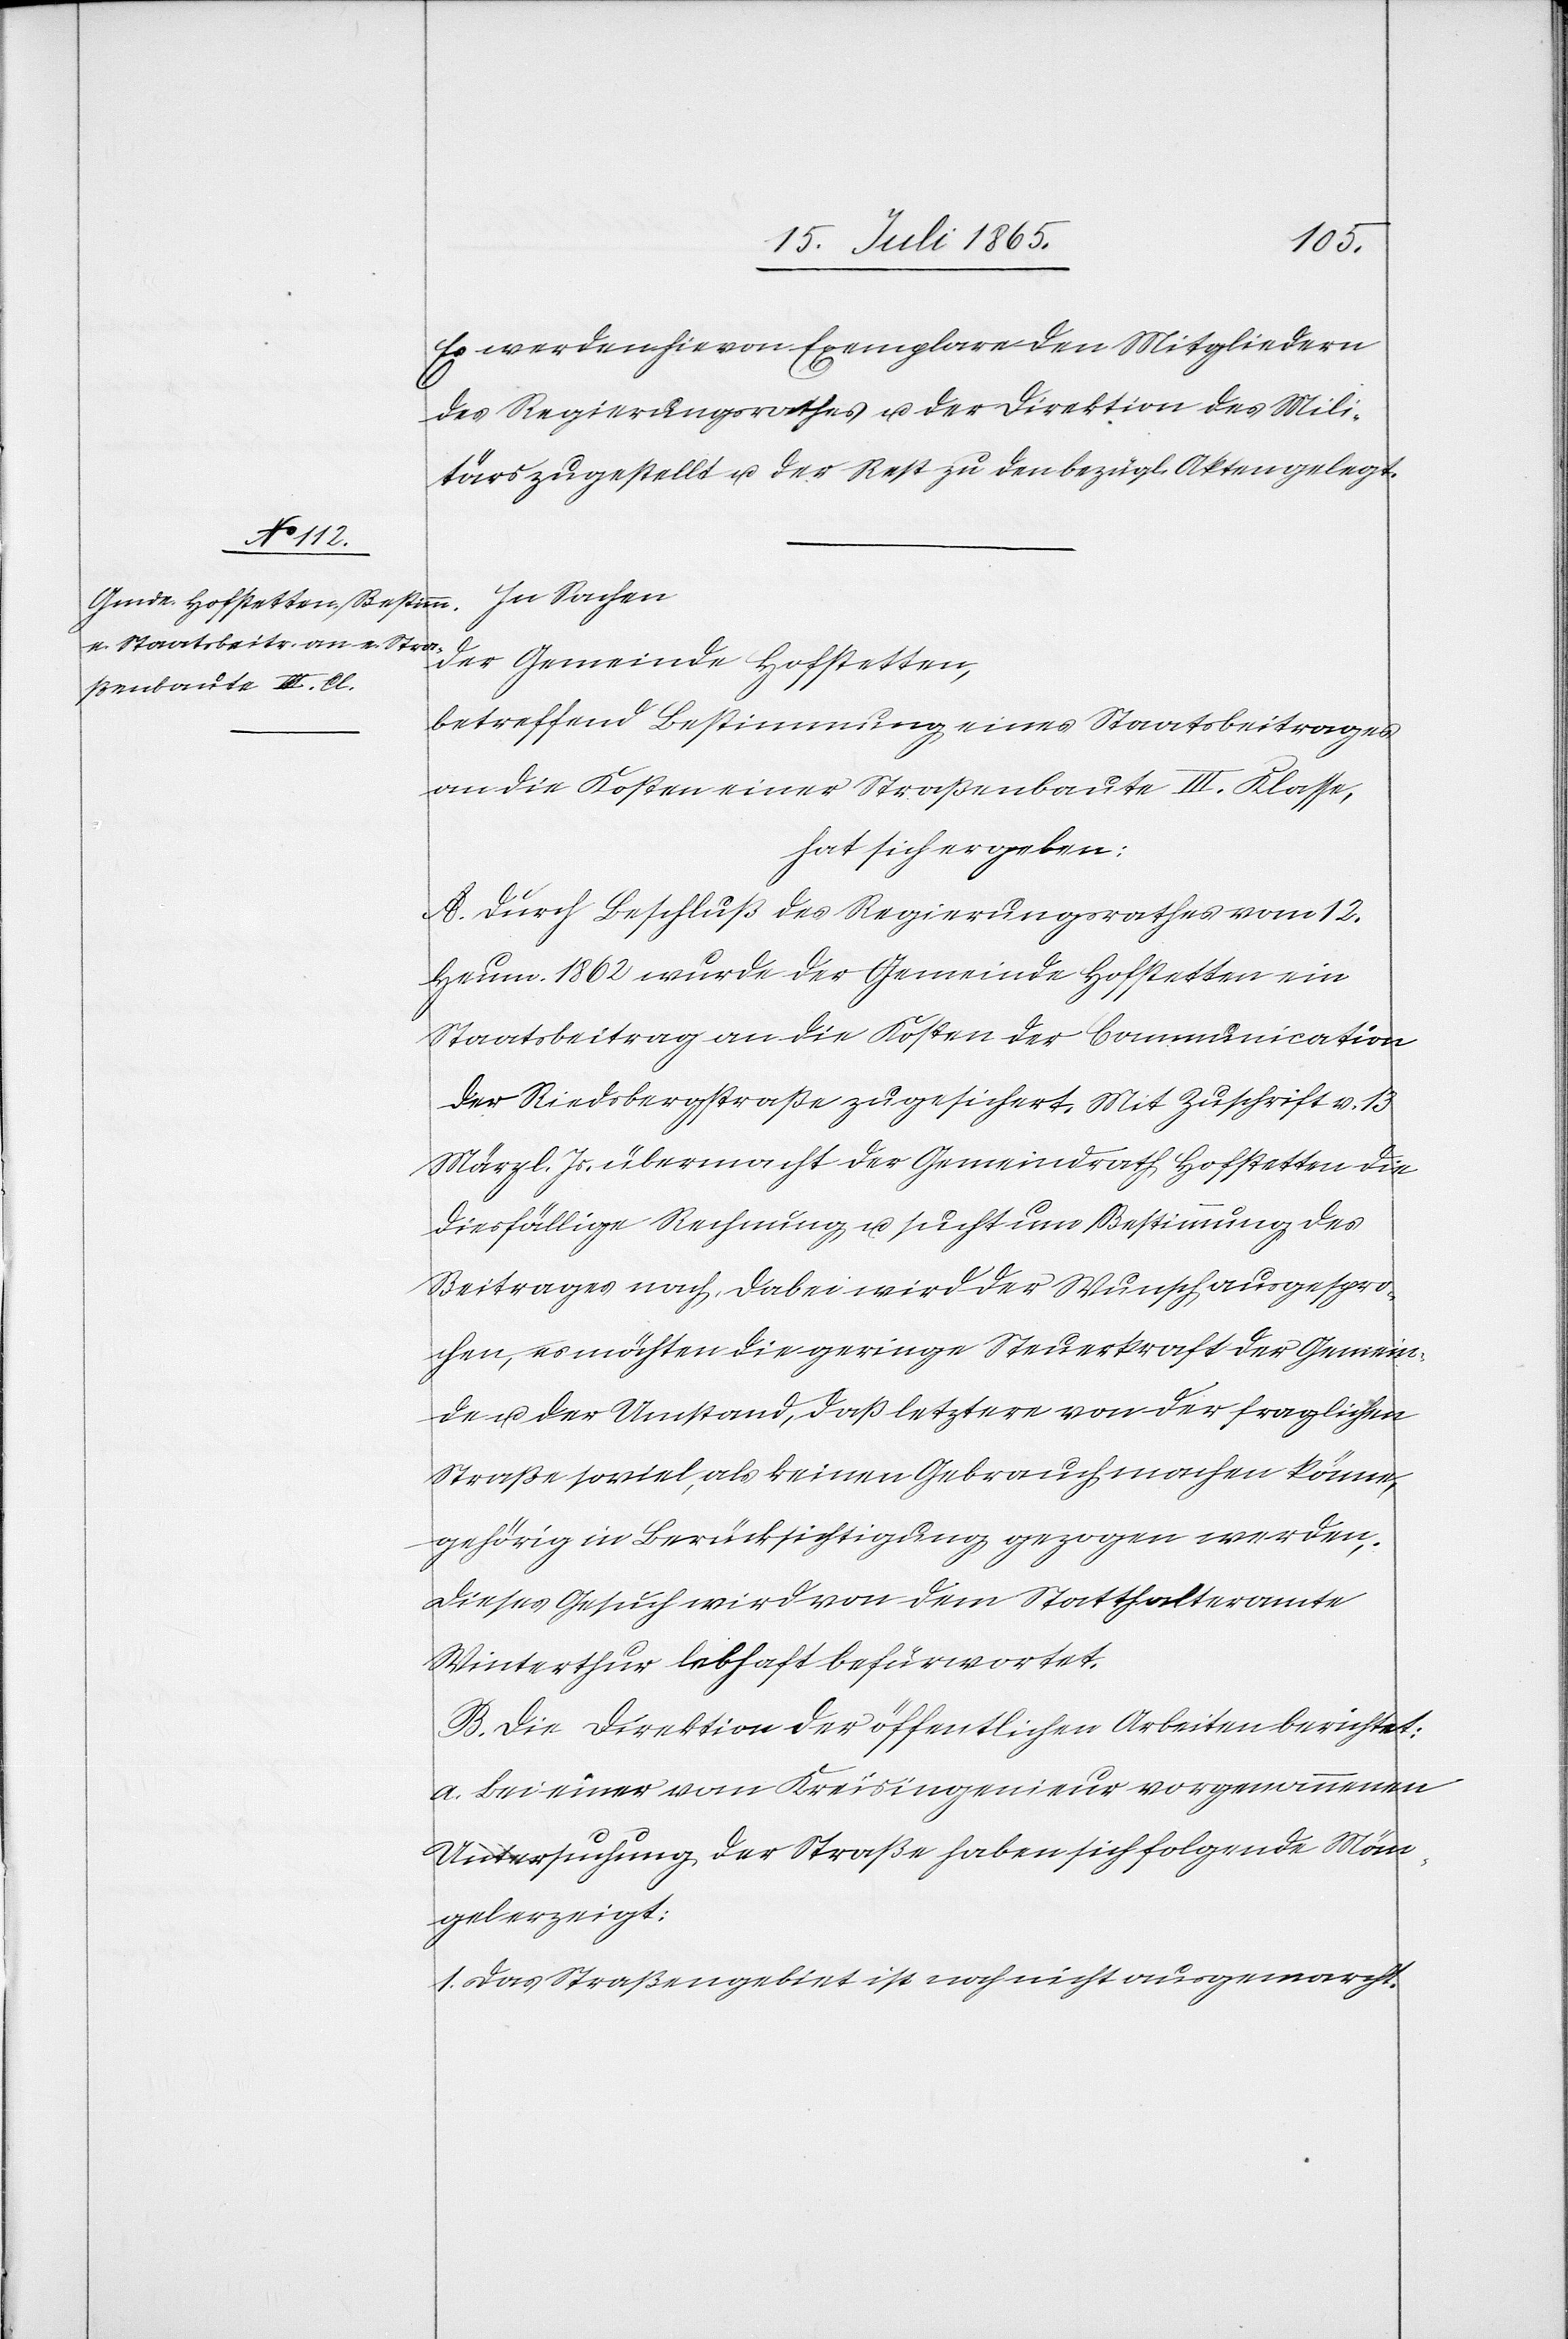
Es werden hievon Exemplare den Mitgliedern
des Regierungsrathes u. der Direktion des Mili¬
tärs zugestellt u. der Rest zu den bezügl. Akten gelegt.
der Gemeinde Hofstetten,
betreffend Bestimmung eines Staatsbeitrages
an die Kosten einer Straßenbaute III. Klasse,
hat sich ergeben:
A. Durch Beschluß des Regierungsrathes vom 12.
Heum. 1862 wurde der Gemeinde Hofstetten ein
Staatsbeitrag an die Kosten der Communication
der Riedsbergstraße zugesichert. Mit Zuschrift v. 13.
März . Js. übermacht der Gemeindrath Hofstetten die
diesfällige Rechnung u. sucht um Bestimmung des
Beitrages nach. Dabei wird der Wunsch ausgespro¬
chen, es möchten die geringe Steuerkraft der Gemein¬
de u. der Umstand, daß letztere von der fraglichen
Straße soviel, als keinen Gebrauch machen könne,
gehörig in Berücksichtigung gezogen werden.
Dieses Gesuch wird von dem Statthalteramte
Winterthur lebhaft befürwortet.
B. Die Direktion der öffentlichen Arbeiten berichtet:
a. Bei einer vom Kreisingenieur vorgenommenen
Untersuchung der Straße haben sich folgende Män¬
gel erzeigt:
1. Das Straßengebiet ist noch nicht ausgemarcht.